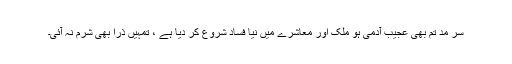
سر مد تم بھی عجیب آدمی ہو ملک اور معاشرے میں نیا فساد شروع کر دیا ہے ، تمہیں ذرا بھی شرم نہ آئی۔